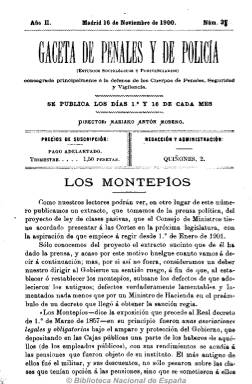
Título: Gaceta de penales y de policía
Colección: Fuerzas del orden || Establecimientos penitenciarios
Ámbito geográfico: Madrid
Lugar de publicación: Madrid
Fechas: 16/11/1900-11/03/1901

Como su subtítulo señala, es una publicación dedicada a “estudios sociológicos y penitenciarios, consagrada principalmente a la defensa de los Cuerpos de Penales, Seguridad y Vigilancia”, y dirigida por Mariano Antón Moreno.

En números de 16 páginas, que al principio tienen una aparición quincenal y que pudieron empezar a salir en 1899, después tendrá una periodicidad trimensual, incluyendo artículos de fondo y doctrinales sobre el cuerpo de funcionarios de prisiones y su situación laboral, el régimen o los presupuestos carcelarios. Tiene una sección oficial para dar cuenta de la normativa sobre la materia, otra de sueltos y noticias varias y sobre bibliografía, y una última sobre nombramientos y movimiento del personal de prisiones. Su estructura es similar a la Revista de las prisiones que durante los esos años dirigía Fernando Cadalso.